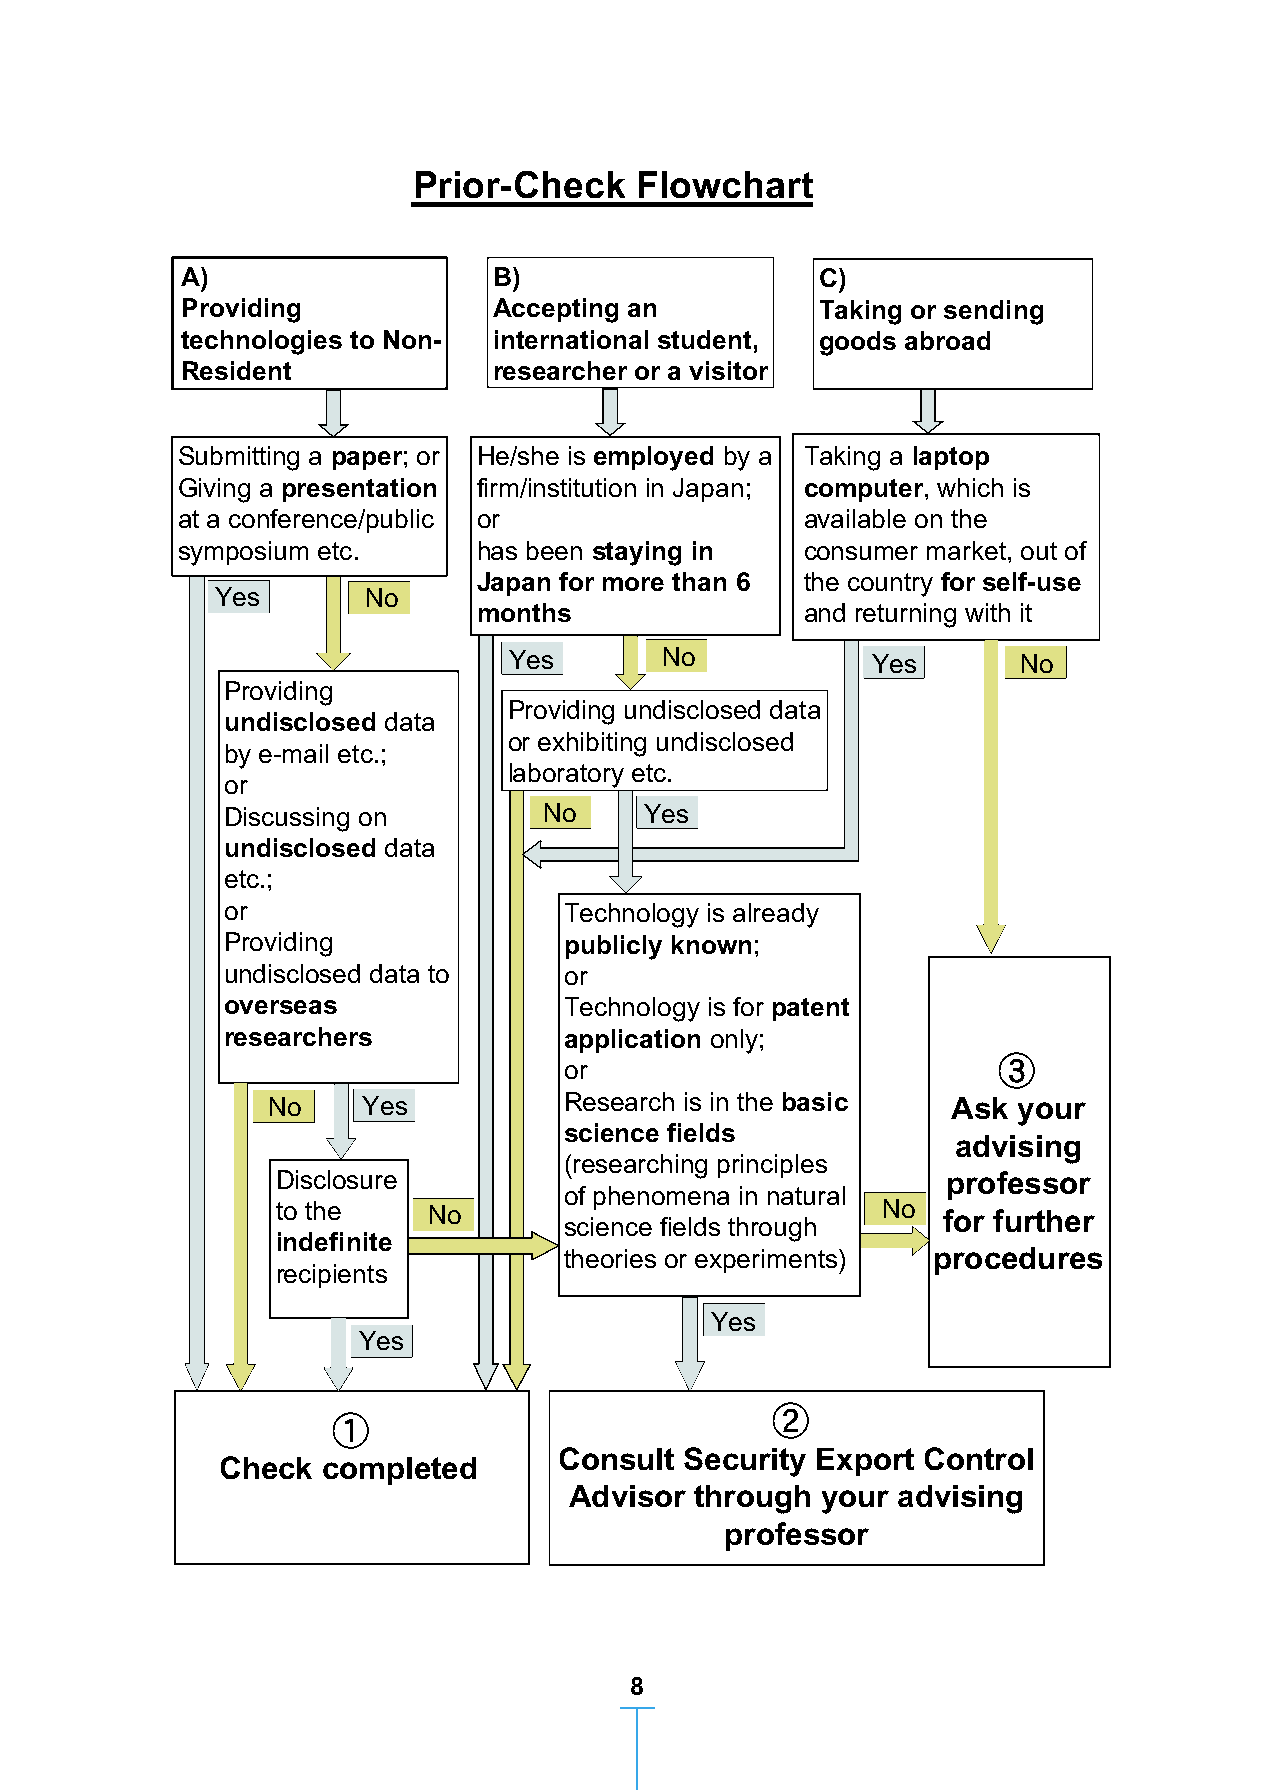
Prior-Check    Flowchart
 4. How to comply with Security Export
 Control Rule at Kobe University?
 A)                   B )                  C)
 Providing            Accepting an         Taking or sending
 technologies to Non- international student, goods abroad
 Resident             researcher or a visitor
 Typical goods and technologies are exemplified as follows:
 Goods (Items)
 • Equipment, sample, prototype and specially designed component or Submitting a paper; or He/she is employed by a Taking a laptop
 accessories for the equipment Giving a presentation firm/institution in Japan; computer, which is
 at a conference/public or                available on the
 Technologies (Service)
 symposium etc.      has been staying in  consumer market, out of
 • Information, data, know-how, manual
 Japan for more than 6 the country for self-use
 e.g. HDD, flash memory, software program for developing/improving for Yes No
 months               and returning with it
 design or evaluation, manufacturing know-how, quality assessment data,
 Yes       No            Yes       No
 user manual, blueprint, specifications, technical guidance and operational
 Providing
 Providing undisclosed data
 know-how       undisclosed data
 or exhibiting undisclosed
 by e-mail etc.;
 laboratory etc.
 or
 Typical actions controlled are exemplified as follows:
 Discussing on        No     Yes
 Export
 undisclosed data
 • Sending goods or taking goods with you abroad (including bringing back from
 etc.;
 abroad)
 or                    Technology is already
 Supply         Providing             publicly known;
 • Oral transfer by phone, sending by e-mail, paper, CD-ROM, flash memory and undisclosed data to or
 overseas              Technology is for patent
 other storage media, disclosure at a private gathering or discussion, disclosure
 researchers           application only;
 to visitors during a tour of the facility.
 or                           ③
 • Presentation at the open conference and disclosure in journal papers are NOT
 No    Yes          Research is in the basic  Ask your
 regulated, even if providing sensitive technologies EXCEPT severely sensitive science fields
 advising
 ones (e.g. nuclear weapons.)         (researching principles
 Disclosure                                   professor
 of phenomena in natural
 • The difference between the above two cases is that, in the former the to the No No for further
 science fields through
 recipient(s) is definite, while in the latter the recipients are indefinite. indefinite
 theories or experiments) procedures
 recipients
 What to do?                                    Yes
 Yes
 ① Please check each sensitive goods/technologies according to Prior-Check
 Flowchart on page 8 with your advising professor or the like.
 ②
 ② Personal belongings not related to the activity of the university are exempted ①
 Consult Security Export Control
 from the rules of the university. However, you should comply with the regulations Check completed
 Advisor through your advising
 under the Foreign Exchange and Foreign Trade Act.
 professor
 7                                         8